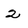
Character: 2